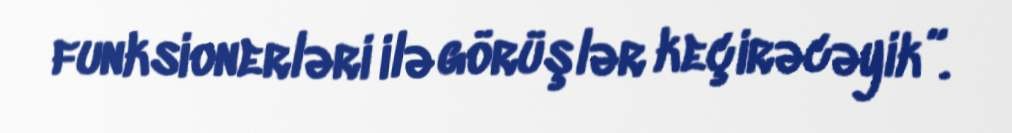
funksionerləri ilə görüşlər keçirəcəyik”.